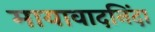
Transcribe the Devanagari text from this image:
मायावादनिंदा